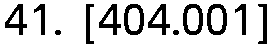
41. [404.001]